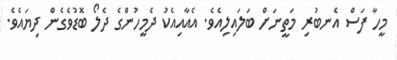
މީހާ ފަސް އެނބުރި މަތީނަށް ބަލައިލިއެވެ. އެއާއިއެކު ދެމީހުންގެ ދެލޯ ބޮޑުވެގެން ދިޔައެވެ.